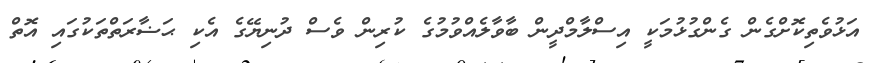
އަޅުވެތިކޮށްގެން ގެންގުޅުމަކީ އިސްލާމްދީން ބާވާލެއްވުމުގެ ކުރިން ވެސް ދުނިޔޭގެ އެކި ޙަޟާރަތްތަކުގައި އޮތް